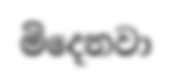
මිදෙනවා